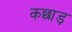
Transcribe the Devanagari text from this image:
कछाड़